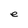
Character: e